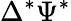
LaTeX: \Delta^{*}\Psi^{*}